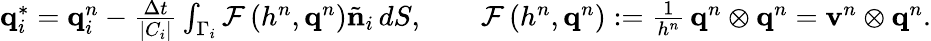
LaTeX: \begin{array}{r}{\mathbf{q}_{i}^{*}=\mathbf{q}_{i}^{n}-\frac{\Delta t}{\left|C_{i}\right|}\int_{\Gamma_{i}}\mathbf{\mathcal{F}}\left(h^{n},\mathbf{q}^{n}\right)\tilde{\mathbf{n}}_{i}\, dS,\qquad\mathbf{\mathcal{F}}\left(h^{n},\mathbf{q}^{n}\right):=\frac{1}{h^{n}}\, \mathbf{q}^{n}\otimes\mathbf{q}^{n}=\mathbf{v}^{n}\otimes\mathbf{q}^{n}.}\end{array}